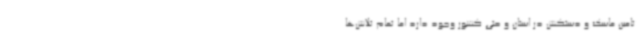
تامین ماسک و دستکش در استان و حتی کشور وجود دارد اما تمام تلاش‌ها